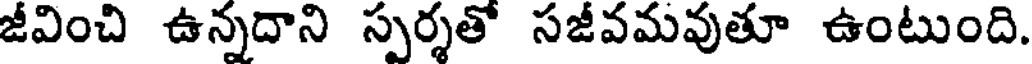
జీవించి ఉన్నదాని స్పర్శతో సజీవమవుతూ ఉంటుంది.